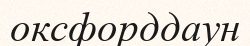
оксфорддаун